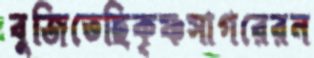
বুজিতেছিকৃষ্ণসাগরেরন